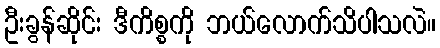
ဦးခွန်ဆိုင်း ဒီကိစ္စကို ဘယ်လောက်သိပါသလဲ။